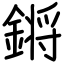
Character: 𨪙